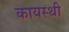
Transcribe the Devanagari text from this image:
कायस्थी